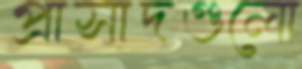
প্রাসাদগুলো